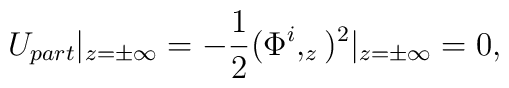
U_{part}\vert _{z=\pm \infty}=-\frac 12 (\Phi ^i ,_z)^2 \vert _{z=\pm \infty}=0,